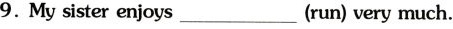
9.My sister enjoys_(run) very much.